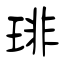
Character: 琲